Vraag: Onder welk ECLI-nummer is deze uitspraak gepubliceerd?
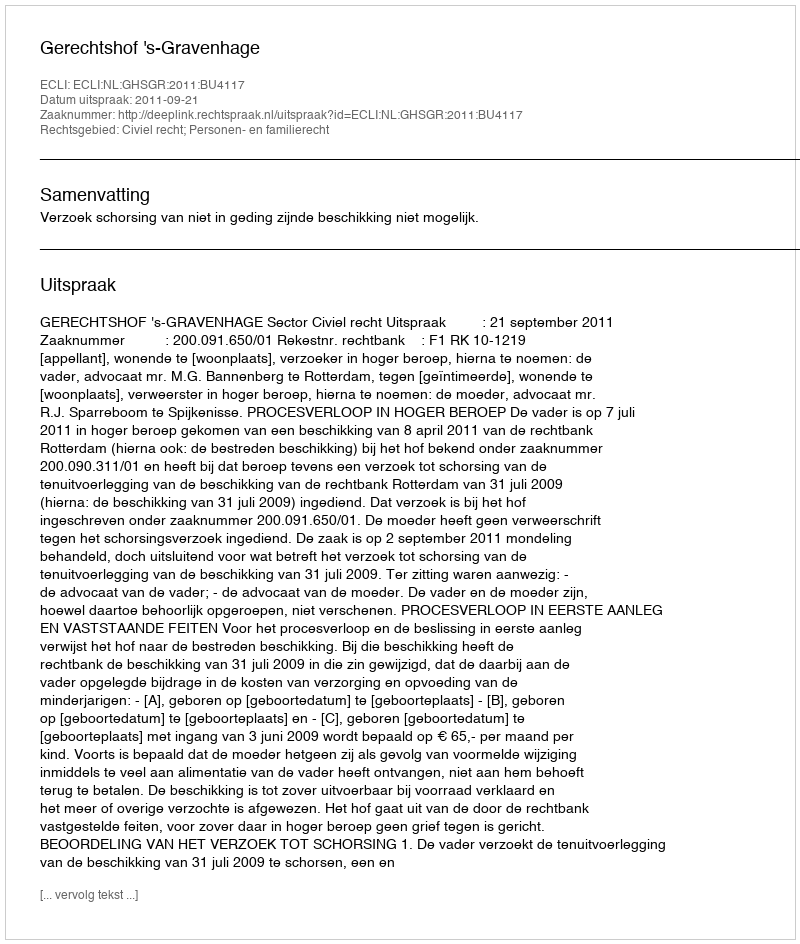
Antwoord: ECLI:NL:GHSGR:2011:BU4117